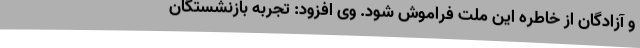
و آزادگان از خاطره این ملت فراموش شود. وی افزود: تجربه بازنشستگان